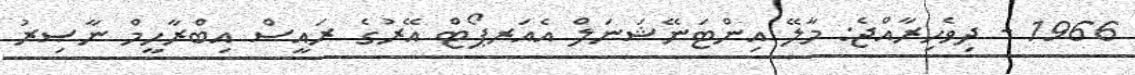
1966 - ދިވެހިރާއްޖެ: މާލޭ އިންޓަނޭޝަނަލް އެއަރޕޯޓް އޭރުގެ ރައީސް އިބްރާހީމް ނާޞިރު